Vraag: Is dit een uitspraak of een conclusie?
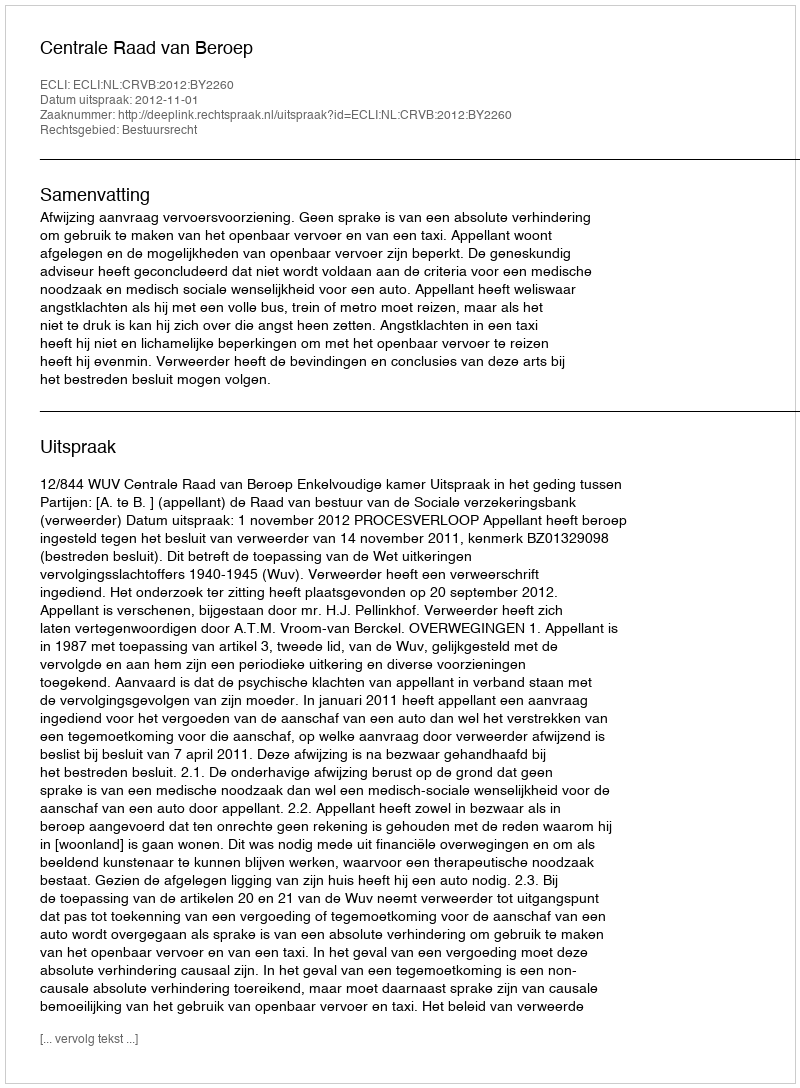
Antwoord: Uitspraak